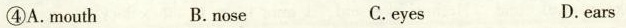
④A.mouth B.nose C.eyes D.ears